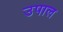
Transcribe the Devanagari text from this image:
उपाल